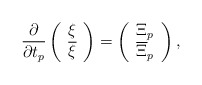
\begin{align*}\frac{\partial}{\partial t_p}\left(\begin{array}{cc} \xi \\ {\overline \xi} \end{array}\right)=\left(\begin{array}{cc} {\Xi}_p \\ {\overline \Xi}_p \end{array}\right),\end{align*}